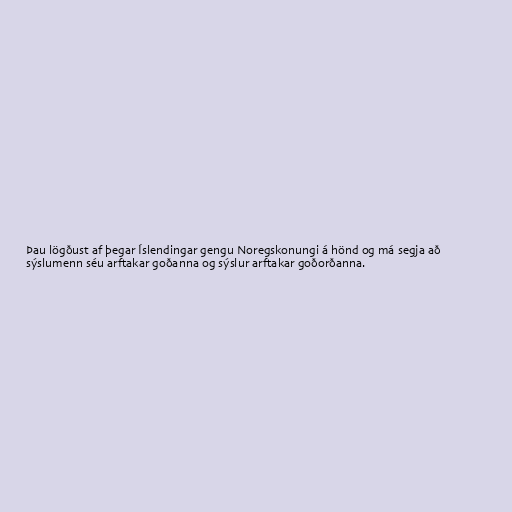
Þau lögðust af þegar Íslendingar gengu Noregskonungi á hönd og má segja að
sýslumenn séu arftakar goðanna og sýslur arftakar goðorðanna.